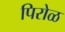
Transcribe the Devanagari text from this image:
पिरोळ